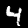
Label: 4